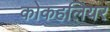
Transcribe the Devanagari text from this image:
कोकहलियर